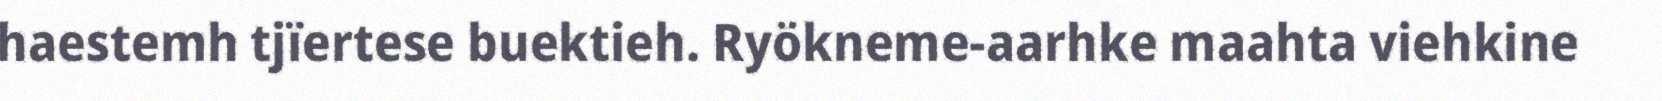
haestemh tjïertese buektieh. Ryökneme-aarhke maahta viehkine